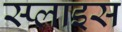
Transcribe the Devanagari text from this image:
स्प्लाइस